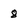
Character: 8